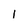
Character: 1